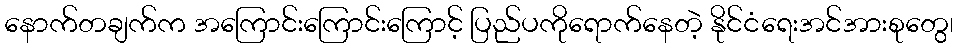
နောက်တချက်က အကြောင်းကြောင်းကြောင့် ပြည်ပကိုရောက်နေတဲ့ နိုင်ငံရေးအင်အားစုတွေ၊